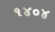
૧૪૦૪